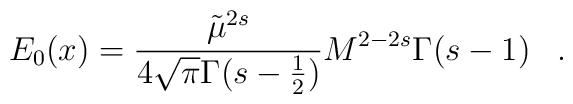
E_0(x)=\frac{\tilde \mu^{2s}}{4\sqrt{\pi}\Gamma(s-\frac 1 2)} M^{2-2s}\Gamma (s-1) \, \ \ .